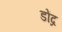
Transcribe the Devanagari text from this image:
डोंद्र